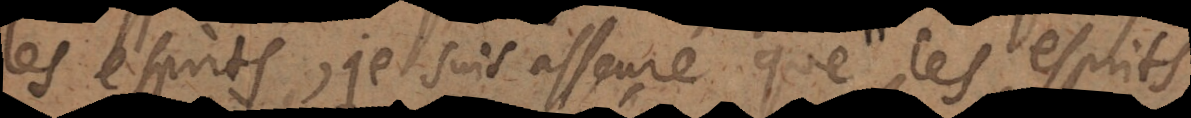
les esprits, je suis asseuré que les esprits